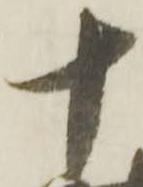
十